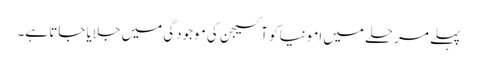
پہلے مرحلے میں امونیا کو آکسیجن کی موجودگی میں جلایا جاتا ہے۔